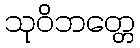
သုဝိဘတ္တေ